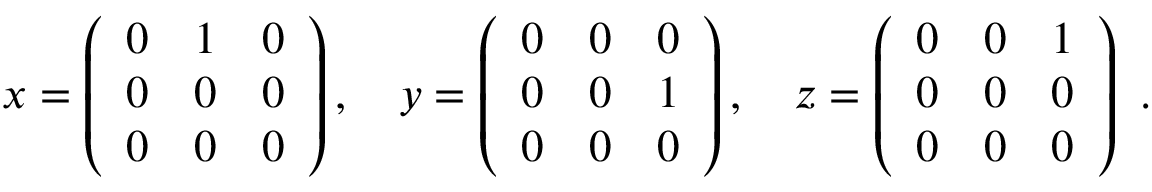
x = \left( { \begin{array} { c c c } { 0 } & { 1 } & { 0 } \\ { 0 } & { 0 } & { 0 } \\ { 0 } & { 0 } & { 0 } \end{array} } \right) , \quad y = \left( { \begin{array} { c c c } { 0 } & { 0 } & { 0 } \\ { 0 } & { 0 } & { 1 } \\ { 0 } & { 0 } & { 0 } \end{array} } \right) , \quad z = \left( { \begin{array} { c c c } { 0 } & { 0 } & { 1 } \\ { 0 } & { 0 } & { 0 } \\ { 0 } & { 0 } & { 0 } \end{array} } \right) ~ . \quad